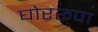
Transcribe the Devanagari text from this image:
घोररूपा